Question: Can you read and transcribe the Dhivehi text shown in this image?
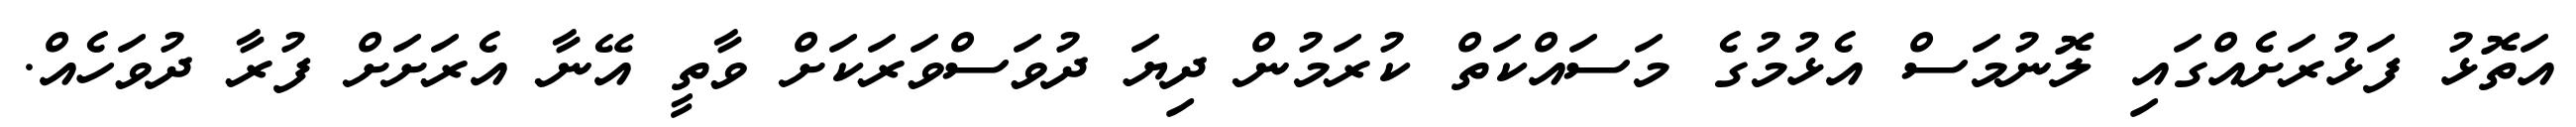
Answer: އަތޮޅު ފަޅުރަށެއްގައި ލޮނުމަސް އެޅުމުގެ މަސައްކަތް ކުރަމުން ދިޔަ ދުވަސްވަރަކަށް ވާތީ އޭނާ އެރަށަށް ފުރާ ދުވަހެއް.